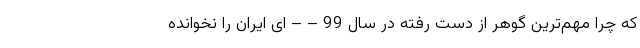
که چرا مهم‌ترین گوهرِ از دست رفته در سال 99 – – ای ایران را نخوانده